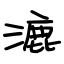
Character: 漉